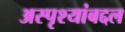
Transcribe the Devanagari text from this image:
अस्पृश्यांबद्दल